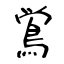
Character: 鴬